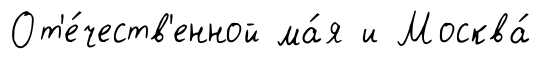
От'е́честв'енной ма́я и Москва́